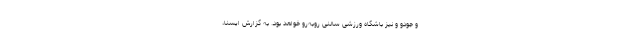
و جودو و نیز باشگاه ورزشی سالنی روبه‌رو خواهد بود. به گزارش ایسنا،